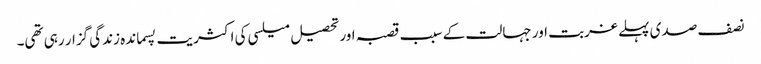
نصف صدی پہلے غربت اور جہالت کے سبب قصبہ اور تحصیل میلسی کی اکثریت پسماندہ زندگی گزار رہی تھی۔